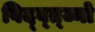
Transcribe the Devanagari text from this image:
विद्व्त्ज्नो